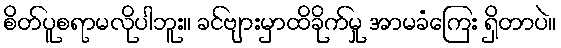
စိတ်ပူစရာမလိုပါဘူး။ ခင်ဗျားမှာထိခိုက်မှု အာမခံကြေး ရှိတာပဲ။